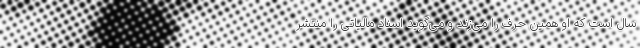
سال است که او همین حرف را می‌زند و می‌گوید اسناد مالیاتی را منتشر